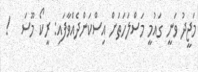
މަޖީދު ވަނީ ގައުމީ މަސްލަހަތަށް އިސްކަންދެއްވާފައި: ރީކޯ މޫސަ   !